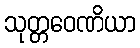
သုတ္တဝေဏိယာ